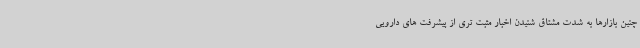
چنین بازارها به شدت مشتاق شنیدن اخبار مثبت تری از پیشرفت های دارویی